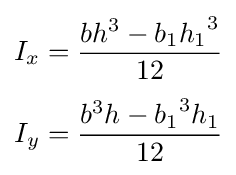
{\begin{aligned}I_{x}&={\frac {bh^{3}-b_{1}{h_{1}}^{3}}{12}}\\[3pt]I_{y}&={\frac {b^{3}h-{b_{1}}^{3}h_{1}}{12}}\end{aligned}}